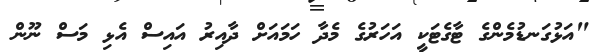
"އަޅުގަނޑުމެންގެ ޓާގެޓަކީ އަހަރުގެ މެދާ ހަމައަށް ދާއިރު އައިސް އެޅި މަސް ނޫން